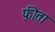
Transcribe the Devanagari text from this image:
फ़ीता